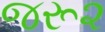
જરૂ૨